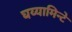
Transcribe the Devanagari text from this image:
घय्यामिन्टे